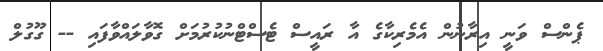
ޕެންސް ވަނީ އިރާނުން އެމެރިކާގެ އާ ރައީސް ޓެސްޓްނުކުރުމަށް ގޮވާލައްވާފައި -- ގޫގުލް